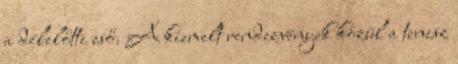
a délelőtti eső. A kiemelt rendezvények közül a tenisz